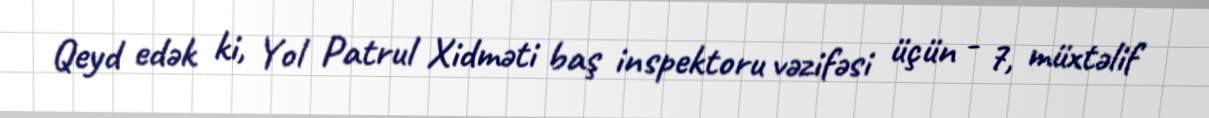
Qeyd edək ki, Yol Patrul Xidməti baş inspektoru vəzifəsi üçün - 7, müxtəlif